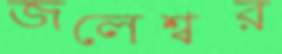
জলেশ্বর